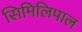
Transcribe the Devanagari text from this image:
सिमिलिपाल